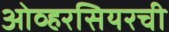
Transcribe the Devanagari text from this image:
ओव्हरसियरची